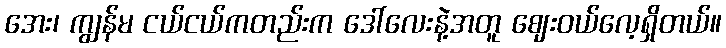
အေး၊ ကျွန်မ ငယ်ငယ်ကတည်းက ဒေါ်လေးနဲ့အတူ ဈေးဝယ်လေ့ရှိတယ်။